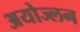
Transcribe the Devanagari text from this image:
अयोज्लन